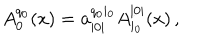
A _ { 0 } ^ { q _ { 0 } } ( x ) = \mathbf { a } _ { | 0 | } ^ { q _ { 0 } i _ { 0 } } A _ { i _ { 0 } } ^ { | 0 | } ( x ) \, ,